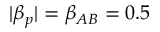
| \beta _ { p } | = \beta _ { A B } = 0 . 5